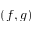
( f , g )